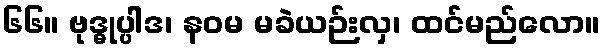
၆၆။ ဗုဒ္ဓုပ္ပါဒ၊ နဝမ မခဲယဉ်းလှ၊ ထင်မည်လော။